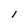
Character: l